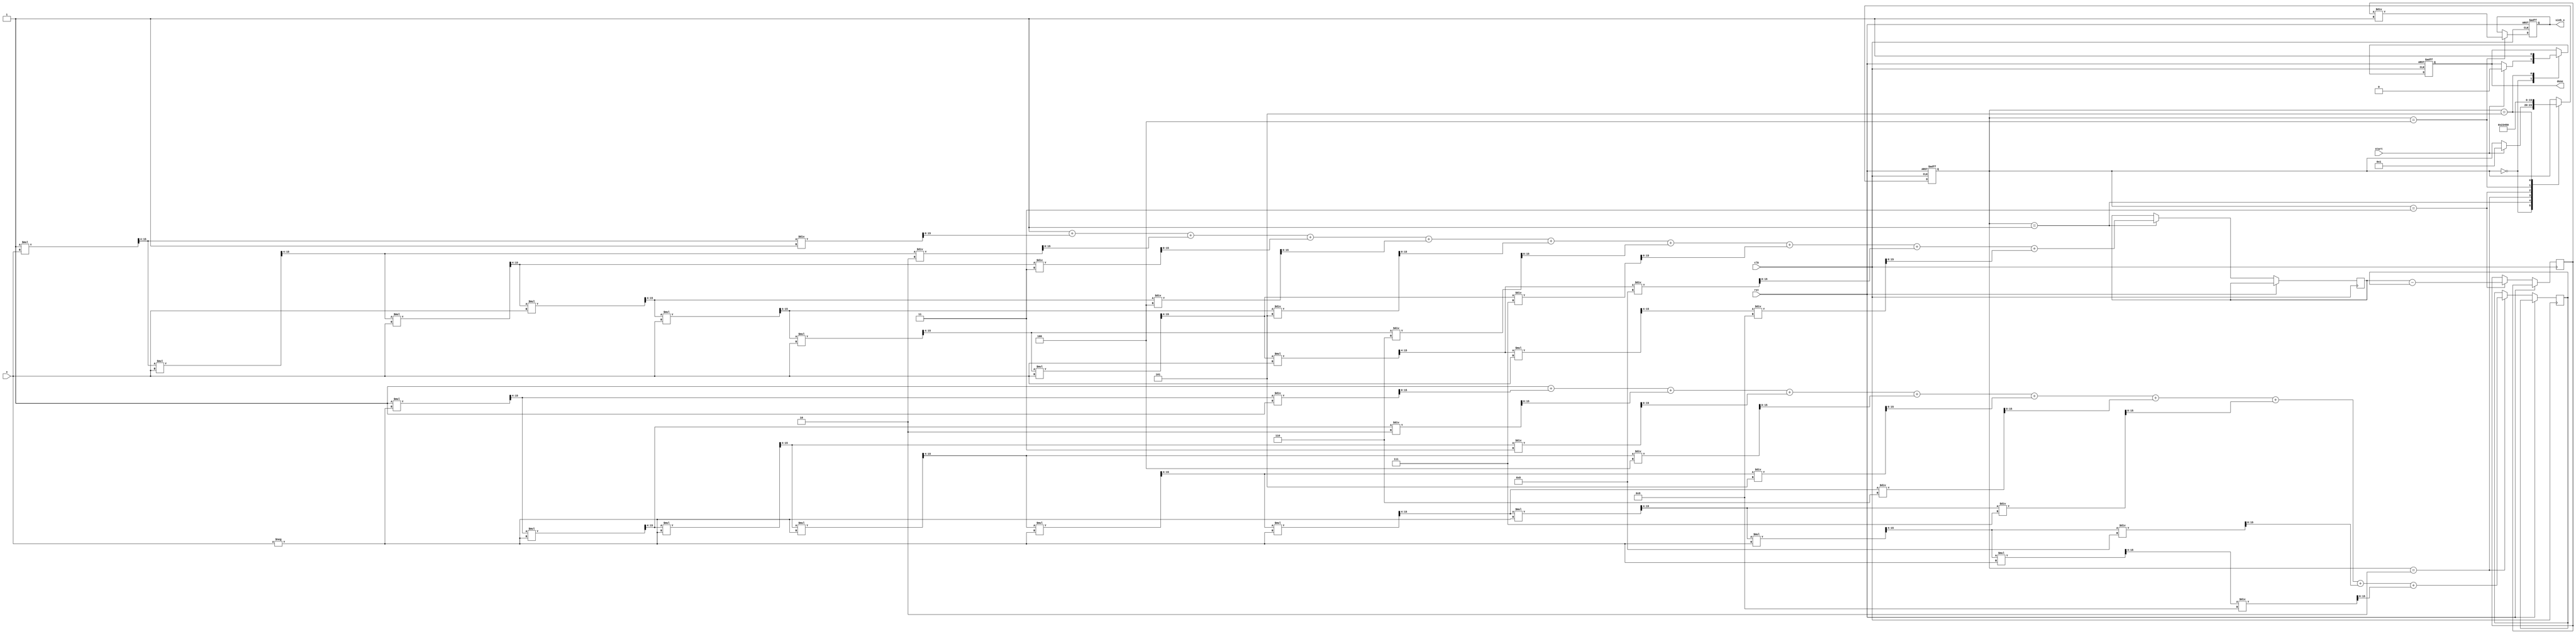
module sinh_block (
    input wire clk,
    input wire rst,
    input wire [15:0] x, // Fixed-point input (e.g., 16-bit signed)
    input wire start,
    output reg [15:0] sinh_x, // Fixed-point output (e.g., 16-bit signed)
    output reg done
);

    // Internal signals
    reg [15:0] exp_x;      // e^x
    reg [15:0] exp_neg_x;  // e^(-x)
    reg [15:0] diff;       // e^x - e^(-x)
    reg [3:0] state;       // State machine for control
    reg [15:0] half;       // Constant value for division by 2

    // State encoding
    localparam IDLE = 4'b0000,
               CALC_EXP_X = 4'b0001,
               CALC_EXP_NEG_X = 4'b0010,
               CALC_DIFF = 4'b0011,
               DIVIDE_BY_2 = 4'b0100,
               DONE = 4'b0101;

    // Initialize constants
    initial begin
        half = 16'h0001; // 1/2 in fixed-point (assuming 16-bit)
        sinh_x = 16'h0000;
        done = 0;
        state = IDLE;
    end

    // Simple exponential approximation using Taylor series
    function [15:0] exp_approx(input [15:0] x);
        reg [15:0] term;
        reg [15:0] sum;
        integer i;
        begin
            sum = 16'h0001; // e^0 = 1
            term = 16'h0001; // First term (x^0 / 0!)
            for (i = 1; i < 10; i = i + 1) begin
                term = (term * x) >>> 4; // x^i / i! (scaled)
                sum = sum + term / i; // Add term to sum
            end
            exp_approx = sum;
        end
    endfunction

    // State machine for computation
    always @(posedge clk or posedge rst) begin
        if (rst) begin
            sinh_x <= 16'h0000;
            done <= 0;
            state <= IDLE;
        end else begin
            case (state)
                IDLE: begin
                    if (start) begin
                        state <= CALC_EXP_X;
                        done <= 0;
                    end
                end
                CALC_EXP_X: begin
                    exp_x <= exp_approx(x);
                    state <= CALC_EXP_NEG_X;
                end
                CALC_EXP_NEG_X: begin
                    exp_neg_x <= exp_approx(-x);
                    state <= CALC_DIFF;
                end
                CALC_DIFF: begin
                    diff <= exp_x - exp_neg_x;
                    state <= DIVIDE_BY_2;
                end
                DIVIDE_BY_2: begin
                    sinh_x <= diff / half; // Divide by 2
                    state <= DONE;
                end
                DONE: begin
                    done <= 1;
                    state <= IDLE; // Go back to IDLE
                end
            endcase
        end
    end

endmodule